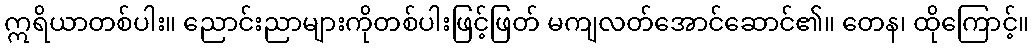
ဣရိယာတစ်ပါး။ ညောင်းညာများကိုတစ်ပါးဖြင့်ဖြတ် မကျလတ်အောင်ဆောင်၏။ တေန၊ ထိုကြောင့်။